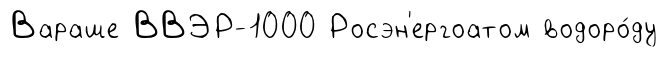
Вараше ВВЭР-1000 Росэн'ергоатом водоро́ду